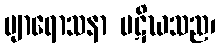
ဗျာရောသနာ ပဋိဃသည၊